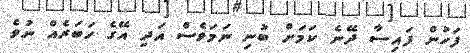
ފަހުން ފައިސާ ދޭނެ ކަމަށް ބުނި ނަމަވެސް އަދި އޭގެ ހަބަރެއް ނުވެ